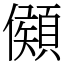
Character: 䫛